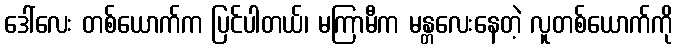
ဒေါ်လေး တစ်ယောက်က ပြင်ပါတယ်၊ မကြာမီက မန္တလေးနေတဲ့ လူတစ်ယောက်ကို